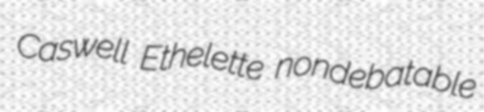
Caswell Ethelette nondebatable